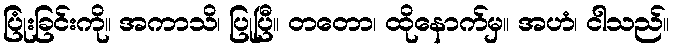
ပြုံးခြင်းကို။ အကာသိ၊ ပြုပြီ။ တတော၊ ထိုနောက်မှ။ အဟံ၊ ငါသည်။